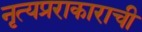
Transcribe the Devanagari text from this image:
नृत्यप्रराकाराची